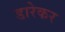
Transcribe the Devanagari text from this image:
डारेकर